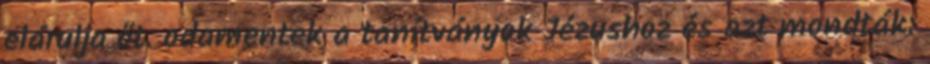
elárulja őt. odamentek a tanítványok Jézushoz és azt mondták: